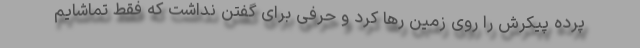
پرده پیکرش را روی زمین رها کرد و حرفی برای گفتن نداشت که فقط تماشایم